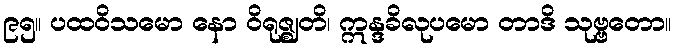
၉၅။ ပထဝိသမော နော ဝိရုဇ္ဈတိ၊ ဣန္ဒခိလုပမော တာဒိ သုဗ္ဗတော။